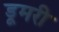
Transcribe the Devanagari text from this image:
डूमरी